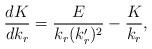
LaTeX: \begin{align*}\frac{dK}{dk_r}=\frac{E}{k_r(k_r')^2}-\frac{K}{k_r},\end{align*}